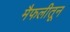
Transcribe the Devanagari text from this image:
मैफलीतून